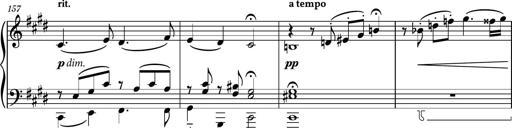
Title: Piano Sonatina No.6
Composer: Dimitri Sykias
Key: A major